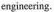
engineering.